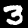
Digit: 3